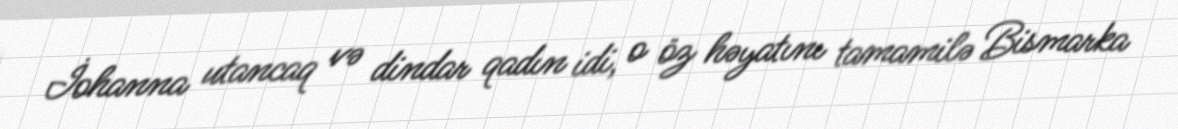
İohanna utancaq və dindar qadın idi, o öz həyatını tamamilə Bismarka